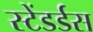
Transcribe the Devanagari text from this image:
स्टेंडर्डस